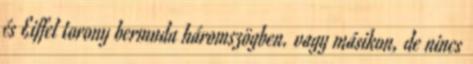
és Eiffel torony bermuda háromszögben. vagy másikon, de nincs